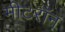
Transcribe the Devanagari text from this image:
मीटरॉन